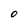
Character: o